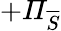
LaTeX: +\mathit{\Pi}_{\overline{{S}}}